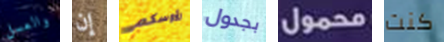
والعسل إن رؤوسكم بجدول محمول كنت